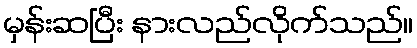
မှန်းဆပြီး နားလည်လိုက်သည်။